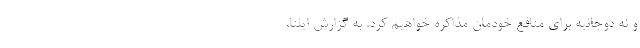
و نه دوجانبه برای منافع خودمان مذاکره خواهیم کرد. به گزارش ایلنا،